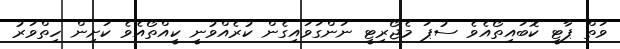
ވަތް ޕާޓީ ކޮބައިތޯއެވެ ސުޕަ މެޖޯރިޓީ ނަންގަވައިގެން ކުރެއްވުނީ ކީއްތޯއެވެ ކަށިން ހިތްވަރު